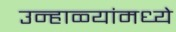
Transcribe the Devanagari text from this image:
उन्हाळ्यांमध्ये